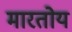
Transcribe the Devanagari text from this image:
मारतोय